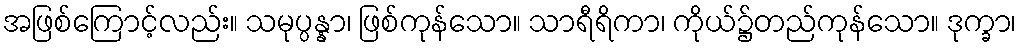
အဖြစ်ကြောင့်လည်း။ သမုပ္ပန္နာ၊ ဖြစ်ကုန်သော။ သာရီရိကာ၊ ကိုယ်၌တည်ကုန်သော။ ဒုက္ခာ၊